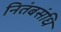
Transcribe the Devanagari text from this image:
नितंबसंधि